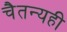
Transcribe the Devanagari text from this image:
चैतन्यही